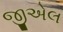
જીએલ